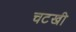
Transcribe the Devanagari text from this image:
चटखी